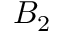
B _ { 2 }